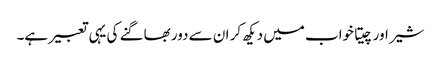
شیر اور چیتا خواب میں دیکھ کر ان سے دور بھاگنے کی یہی تعبیر ہے۔